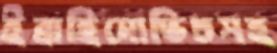
ইব্রাহিমোভিচসহ